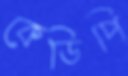
কেডিপি